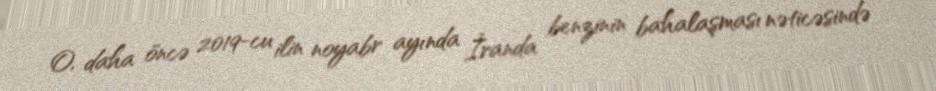
O, daha öncə 2019-cu ilin noyabr ayında İranda benzinin bahalaşması nəticəsində